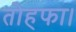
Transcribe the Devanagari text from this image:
तोहफा।